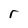
Character: r